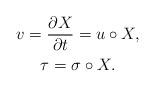
LaTeX: \begin{align*}\begin{gathered}v = \frac{\partial X}{\partial t} = u \circ X, \\\tau = \sigma \circ X. \end{gathered}\end{align*}